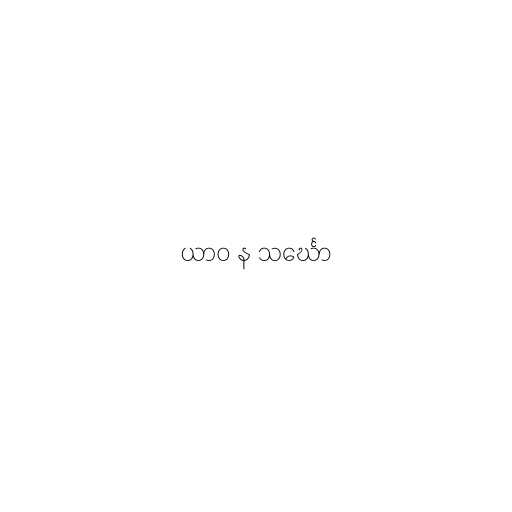
ယာဝ န သင်္ဃော